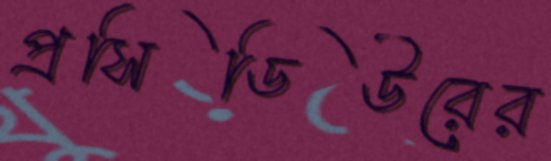
প্রসিডিউরের